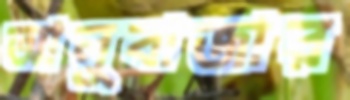
আলুবাজার